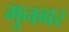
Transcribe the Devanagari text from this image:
मुनव्‍वर